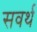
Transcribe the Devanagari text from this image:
सवर्थ